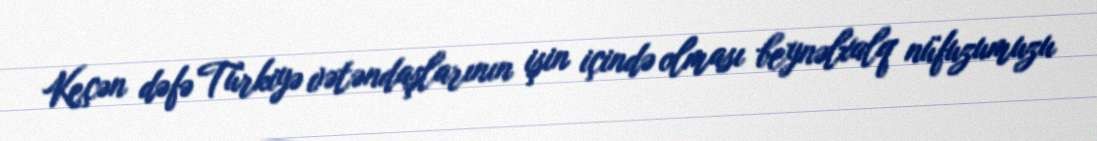
Keçən dəfə Türkiyə vətəndaşlarının işin içində olması beynəlxalq nüfuzumuzu